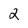
Character: 2